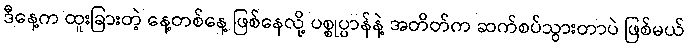
ဒီနေ့က ထူးခြားတဲ့ နေ့တစ်နေ့ ဖြစ်နေလို့ ပစ္စုပ္ပာန်နဲ့ အတိတ်က ဆက်စပ်သွားတာပဲ ဖြစ်မယ်